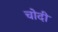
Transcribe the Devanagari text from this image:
चोदी